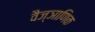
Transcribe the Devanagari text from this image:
वैज्ञाणिक